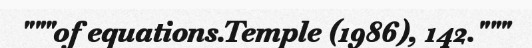
"""of equations.Temple (1986), 142."""